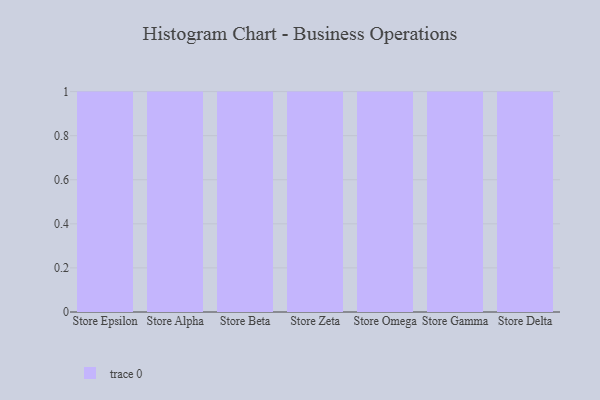
{"axis": {"x": "Store", "y": "Customer Acquisition Cost (USD)"}, "legend": [""], "data": [{"x": "Store Epsilon", "y": 72, "type": ""}, {"x": "Store Alpha", "y": 37, "type": ""}, {"x": "Store Beta", "y": 99, "type": ""}, {"x": "Store Zeta", "y": 69, "type": ""}, {"x": "Store Omega", "y": 15, "type": ""}, {"x": "Store Gamma", "y": 100, "type": ""}, {"x": "Store Delta", "y": 52, "type": ""}]}